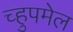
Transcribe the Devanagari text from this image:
च्हुपमेल